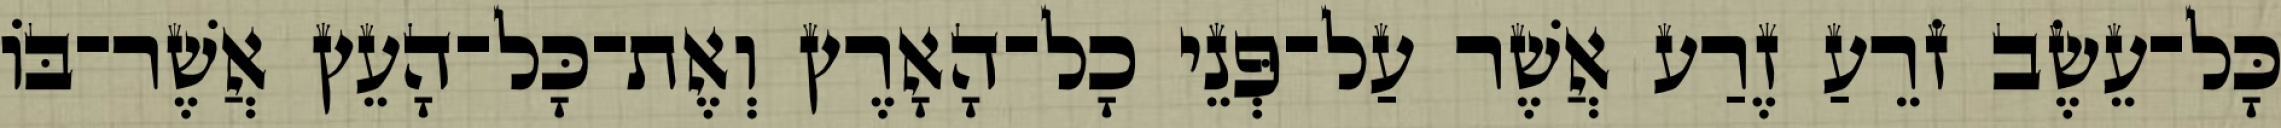
כָּל־עֵשֶׂב זֹרֵעַ זֶרַע אֲשֶׁר עַל־פְּנֵי כָל־הָאָרֶץ וְאֶת־כָּל־הָעֵץ אֲשֶׁר־בֹּו